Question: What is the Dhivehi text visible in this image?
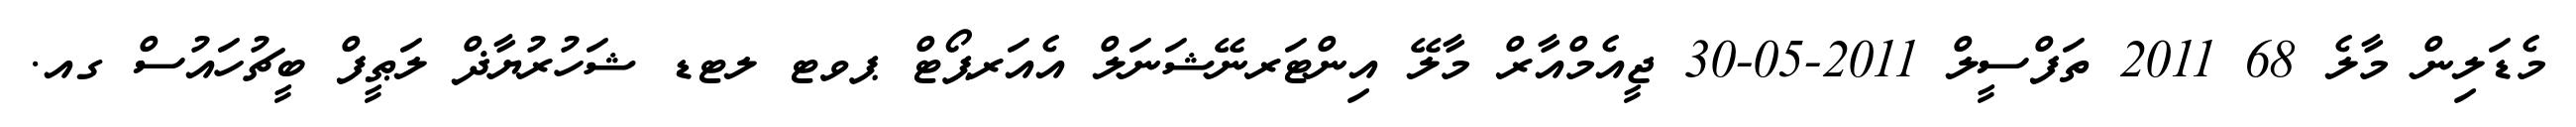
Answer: މެޑަލިން މާލެ 68 2011 ތަފްސީލް 2011-05-30 ޖީއެމްއާރް މާލޭ އިންޓަރނޭޝަނަލް އެއަރޕޯޓް ޕވޓ ލޓޑ ޝަހުރުޔާޛް ލަޠީފް ބީޗުހައުސް ގއ.